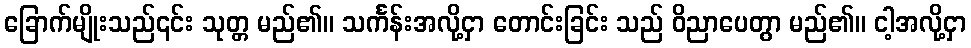
ခြောက်မျိုးသည်၎င်း သုတ္တ မည်၏။ သင်္ကန်းအလို့ငှာ တောင်းခြင်း သည် ဝိညာပေတွာ မည်၏။ ငါ့အလို့ငှာ